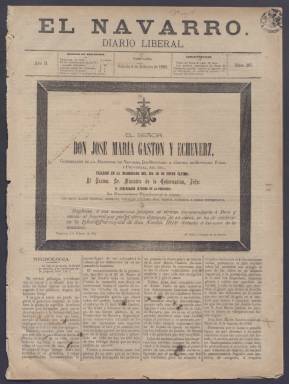
Título: El Navarro (Pamplona)
Colección: Periódicos
Ámbito geográfico: Navarra
Lugar de publicación: Pamplona
Fechas: 04/02/1882-26/01/1883